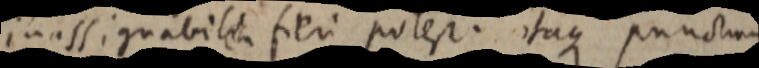
inassignabilia fieri potest. itaque punctum